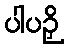
ပါပဉှိ